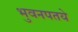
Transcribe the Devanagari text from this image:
भुवनपतये